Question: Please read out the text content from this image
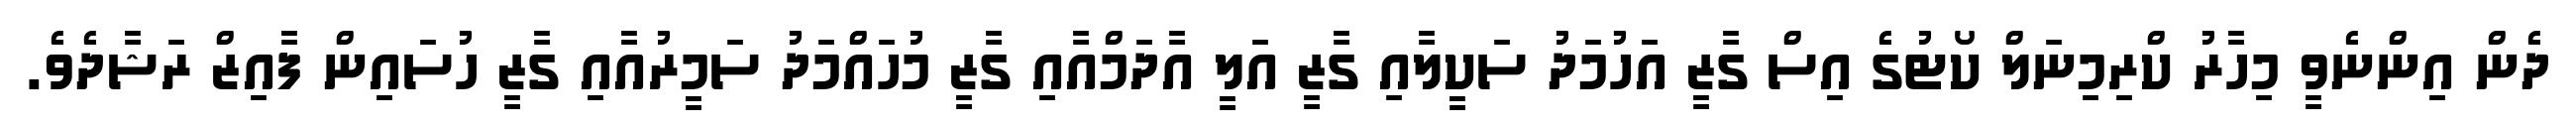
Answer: ދެން އިންނެވީ މިހާރު ކްރިމިނަލް ކޯޓުގެ އިސް ގާޒީ އަހުމަދު ސަކީލާއި ގާޒީ އަލީ އާދަމްއާއި ގާޒީ މުހައްމަދު ސަމީރުއާއި ގާޒީ ހުސައިން ފާއިޒް ރަޝާދެވެ.